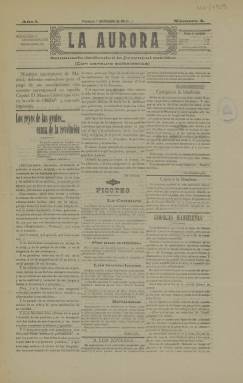
Título: La Aurora (Plasencia)
Colección: Periódicos
Ámbito geográfico: Cáceres
Lugar de publicación: Plasencia [Cáceres]
Fechas: 07/10/1911-07/10/1911